Madras plague regulations in force outside the Presidency town - Volume 3
Disease focus: Plague
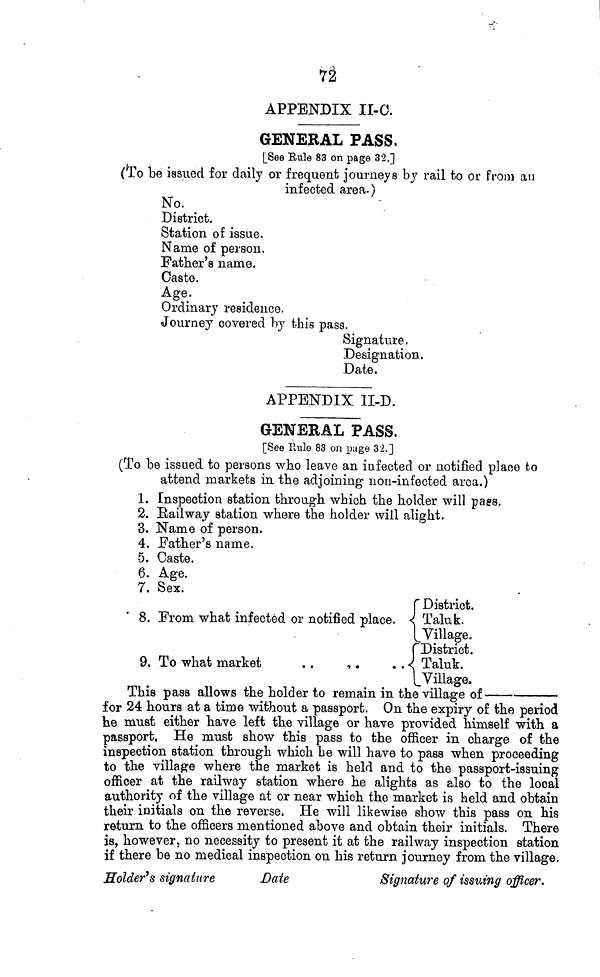
n
APPENDIX II-O.
GENERAL PASS.
[See Eule 83 on page 32.]
(ïo be issued for daily or frequent journeys by rail to or from au
infected area.)
No.
District.
Station of issue.
Name of person.
Father's name.
Caste.
Age.
Ordinary residence.
Journey covered by this pasa.
Signature,
Designation.
Date.
APPENDIX 1I-D.
GENERAL PASS,
[See Rule 83 on page 32.]
(To be issued to persons who leave an infected or notified place to
attend markets in the adjoining iion-infected area.)
1. Inspection station through which the holder will pass.
2. Eailway station where the holder will alight.
3. Name of person.
4. Father's name.
5. Caste.
6. Age.
7. Sex.
8. From what infected or notified place.
9. To what market
. .
, .
f District.
4 Taluk.
[Village.
("District.
. { Taluk.
1 Village.
This pass allows the holder to remain in the village of
for 24 hours at a time without a passport. On the expiry of the period
he must either have left the village or have provided himself with a
passport. He must show this pass to the officer in charge of the
inspection station through which he will have to pass when proceeding
to the village where the market is held and to the passport-issuing
officer at the railway station where he alights as also to the local
authority of the village at or near which the market is held and obtain
their initials on the reverse. He will likewise show this pass on his
return to the officers mentioned above and obtain their initials. There
is, however, no necessity to present it at the railway inspection station
if there be no medical inspection on his return journey from the village.
Solder's signature
Date
Signature of issuing officer.